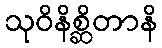
သုဝိနိစ္ဆိတာနိ